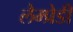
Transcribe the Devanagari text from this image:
लैम्प्रेडी